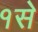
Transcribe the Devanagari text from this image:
१से